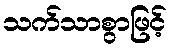
သက်သာစွာဖြင့်